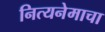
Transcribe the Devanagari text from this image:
नित्यनेमाचा